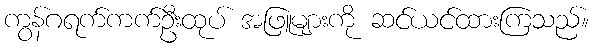
ကွန်ဂရက်ကက်ဦးထုပ် အဖြူများကို ဆင်ယင်ထားကြသည်။